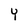
Character: Y